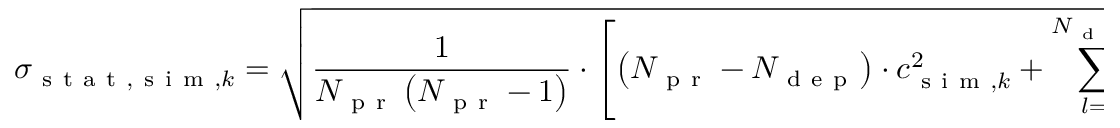
\sigma _ { \mathrm { ~ s ~ t ~ a ~ t ~ } , \mathrm { ~ s ~ i ~ m ~ } , k } = \sqrt { \frac { 1 } { N _ { \mathrm { ~ p ~ r ~ } } \left( N _ { \mathrm { ~ p ~ r ~ } } - 1 \right) } \cdot \left[ \left( N _ { \mathrm { ~ p ~ r ~ } } - N _ { \mathrm { ~ d ~ e ~ p ~ } } \right) \cdot c _ { \mathrm { ~ s ~ i ~ m ~ } , k } ^ { 2 } + \sum _ { l = 1 } ^ { N _ { \mathrm { ~ d ~ e ~ p ~ } } } \left( c _ { \mathrm { ~ s ~ i ~ m ~ } , k l } - c _ { \mathrm { ~ s ~ i ~ m ~ } , k } \right) ^ { 2 } \right] }